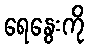
ရေနွေးကို